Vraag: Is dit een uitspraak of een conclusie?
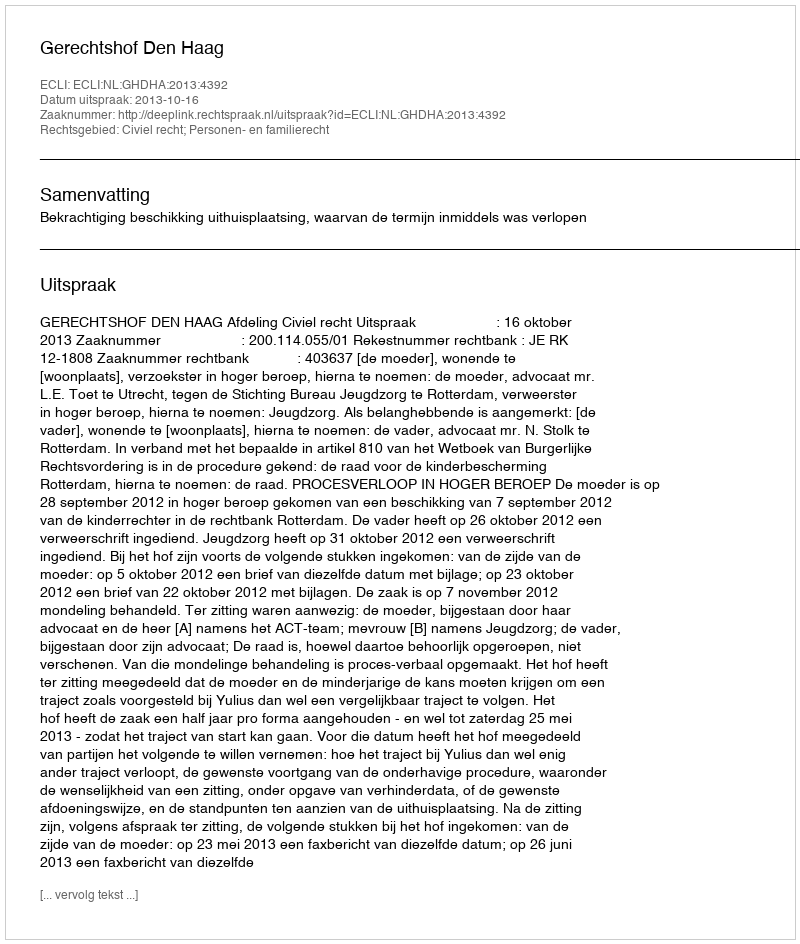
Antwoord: Uitspraak